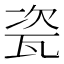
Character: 瓷